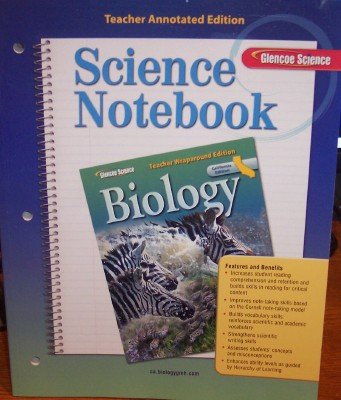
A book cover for Biology: Science Notebook, Teacher Wraparound Edition (California); Health, Fitness & Dieting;